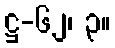
ဋ္ဌ-၆၂၊ ၃။